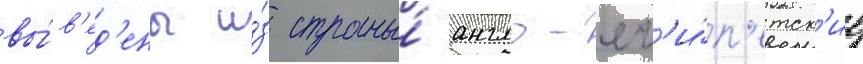
вы́в'ед'ены и́з страны́ англо-ег'и́п'етск'ие